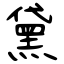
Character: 黛